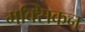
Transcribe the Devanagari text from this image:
मक्सिकन